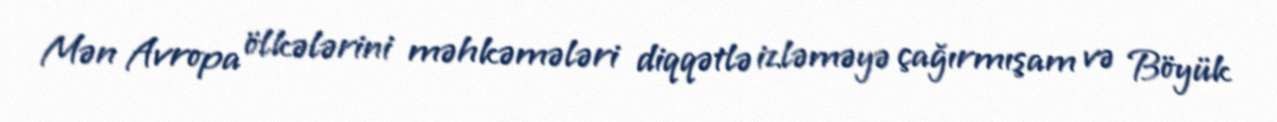
Mən Avropa ölkələrini məhkəmələri diqqətlə izləməyə çağırmışam və Böyük